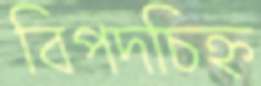
বিপদচিহ্ন